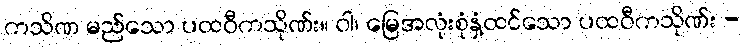
ကသိဏ မည်သော ပထဝီကသိုဏ်း။ ဝါ၊ မြေအလုံးစုံနှံ့ထင်သော ပထဝီကသိုဏ်း -